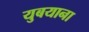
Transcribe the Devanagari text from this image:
युबयाना